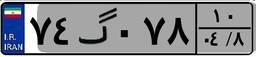
۷۴گ۰۷۸۱۰